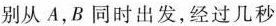
别从 A , B 同时出发,经过几秒